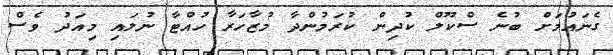
ގެނައުމަށް ބުނެ ސްކޫލް ކުދިން ކުރަމުންދާ މުޒާހަރާ ހުއްޓާ ނުލައި މިއަދު ވެސް